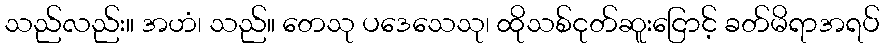
သည်လည်း။ အဟံ၊ သည်။ တေသု ပဒေသေသု၊ ထိုသစ်ငုတ်ဆူးငြောင့် ခတ်မိရာအရပ်